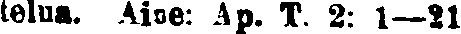
telua. Aine: Ap. T. 2: 1—21